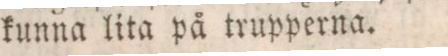
kunna lita på trupperna.